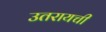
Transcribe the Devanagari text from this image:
उतरायची